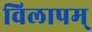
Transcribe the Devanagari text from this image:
विलापम्